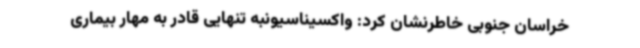
خراسان جنوبی خاطرنشان کرد: واکسیناسیونبه تنهایی قادر به مهار بیماری